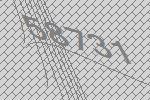
58731